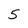
Character: 5